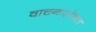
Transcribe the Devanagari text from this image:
वाचनासोबत